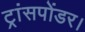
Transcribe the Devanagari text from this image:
ट्रांसपोंडर।